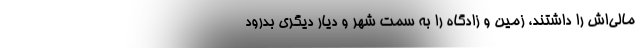
مالي‌اش را داشتند، زمين و زادگاه را به سمت شهر و ديار ديگري بدرود